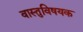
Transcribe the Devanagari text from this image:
वास्तुविषयक